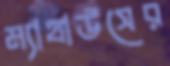
ম্যাথাউসের